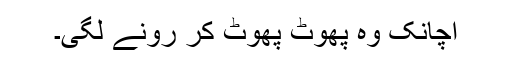
اچانک وہ پھوٹ پھوٹ کر رونے لگی۔